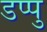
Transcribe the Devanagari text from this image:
डप्पु